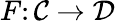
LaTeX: F\colon{\mathcal{C}}\rightarrow{\mathcal{D}}